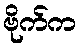
ဗိုက်က